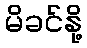
မိခင်နို့